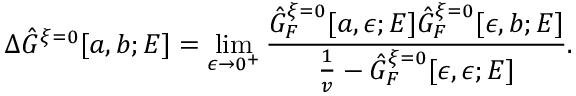
\Delta \hat { G } ^ { \xi = 0 } [ a , b ; E ] = \operatorname * { l i m } _ { \epsilon \rightarrow 0 ^ { + } } \frac { \hat { G } _ { F } ^ { \xi = 0 } [ a , \epsilon ; E ] \hat { G } _ { F } ^ { \xi = 0 } [ \epsilon , b ; E ] } { \frac { 1 } { v } - \hat { G } _ { F } ^ { \xi = 0 } [ \epsilon , \epsilon ; E ] } .